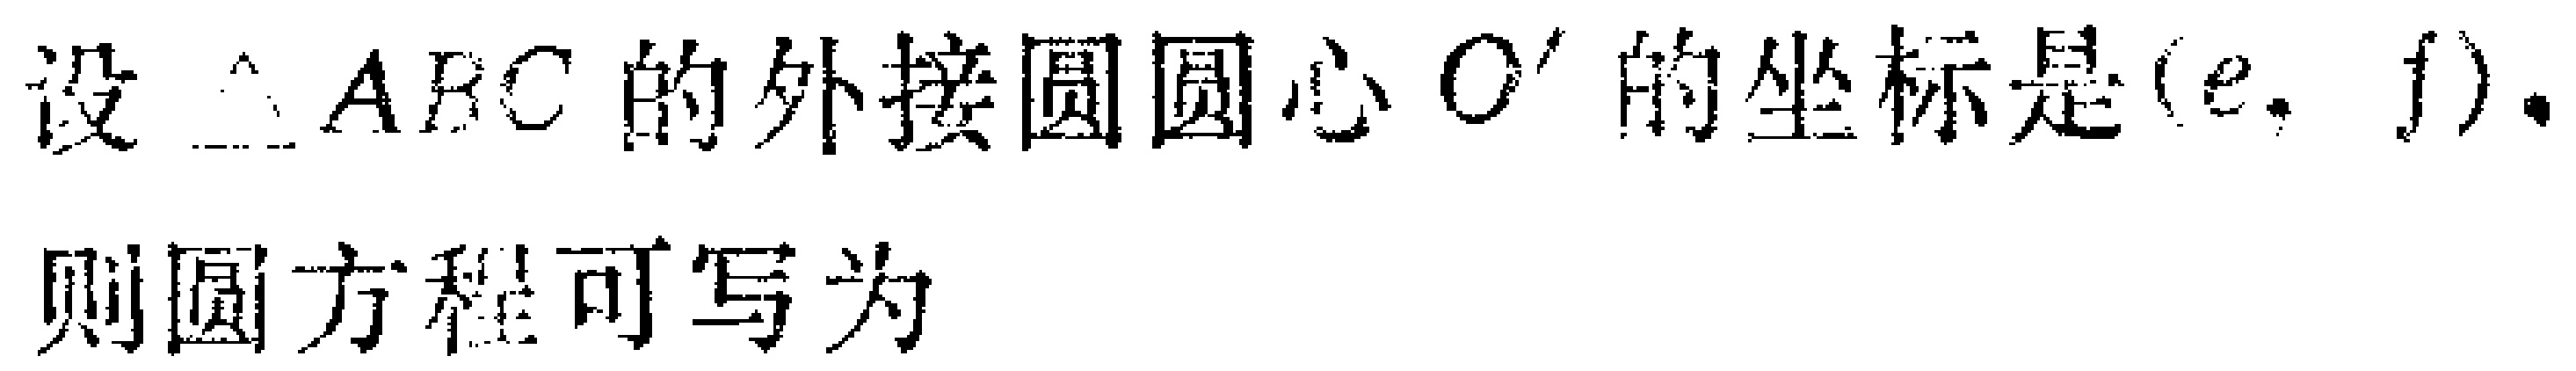
设$\triangle ABC$的外接圆圆心$O'$的坐标是$(e,f)$。
则圆方程可写为